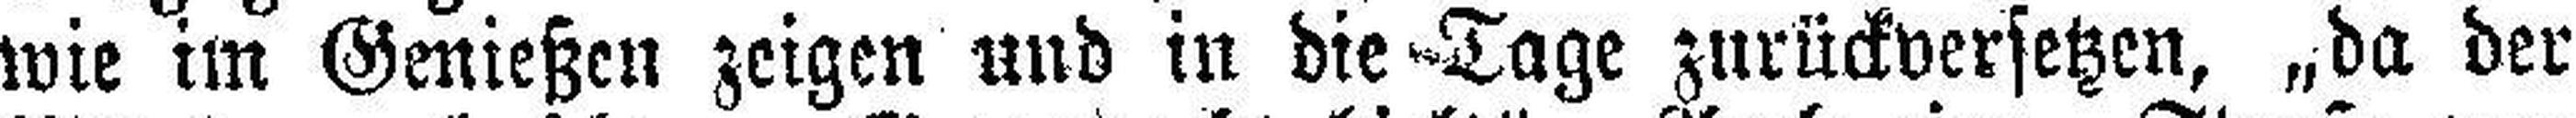
wie im Genießen zeigen und in die Tage zurückversetzen, „da der